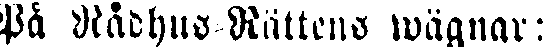
På Rådhus Rättens wägnar: